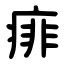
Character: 痱